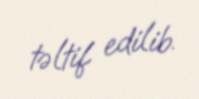
təltif edilib.